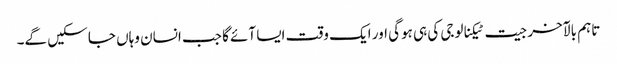
تاہم بالآخر جیت ٹیکنالوجی کی ہی ہوگی اور ایک وقت ایسا آئے گا جب انسان وہاں جا سکیں گے۔